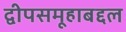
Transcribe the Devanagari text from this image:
द्वीपसमूहाबद्दल